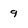
Character: 9